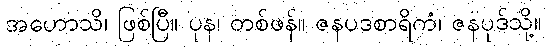
အဟောသိ၊ ဖြစ်ပြီ။ ပုန၊ တစ်ဖန်။ ဇနပဒစာရိကံ၊ ဇနပုဒ်သို့။